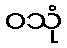
ဝသုံ